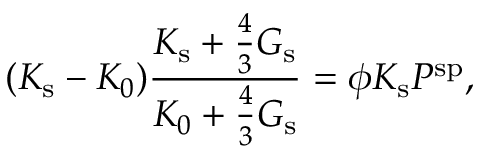
( K _ { \mathrm { s } } - K _ { 0 } ) \frac { K _ { \mathrm { s } } + \frac { 4 } { 3 } G _ { \mathrm { s } } } { K _ { 0 } + \frac { 4 } { 3 } G _ { \mathrm { s } } } = \phi K _ { \mathrm { s } } P ^ { \mathrm { s p } } ,